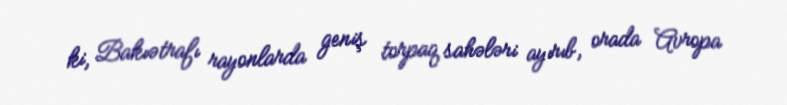
ki, Bakıətrafı rayonlarda geniş torpaq sahələri ayırıb, orada Avropa